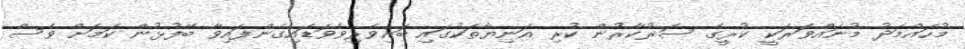
މުހައްމަދު މުނައްވަރަކީ ކުރީގެ ސަރުކާރުން ކުރި އަނިޔާތަކުގައި ބައިވެރިވެވަޑައިގެންފައިވާ ބޭފުޅުން ކަމަށް ވެސް